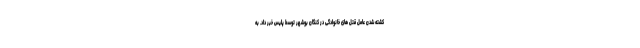
کشته شدن عامل قتل های خانوادگی در کنگان بوشهر توسط پلیس خبر داد. به